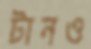
টানও